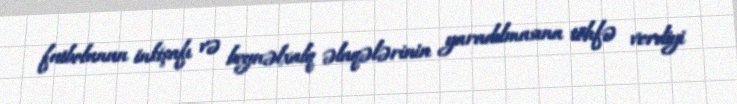
futbolunun inkişafı və beynəlxalq əlaqələrinin yaradılmasına töhfə verdiyi